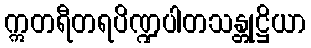
ဣတရီတရပိဏ္ဍပါတသန္တုဋ္ဌိယာ